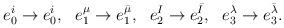
LaTeX: \begin{align*}e_0^i\to e_0^i,~~e_1^{\mu}\to e_1^{\bar \mu},~~e_2^I\to e_2^{\bar I},~~e_3^{\lambda}\to e_3^{\bar\lambda}.\end{align*}